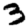
Digit: 3